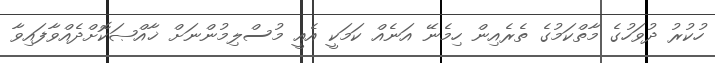
ހުކުރު ދުވަހުގެ މާތްކަމުގެ ތެރެއިން ހިމެނޭ އަނެއް ކަމަކީ އެއީ މުސްލިމުންނަށް ޚާއްޞަކޮށްދެއްވާފައިވާ